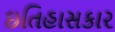
ઇતિહાસકાર